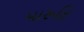
મારૂતિ